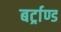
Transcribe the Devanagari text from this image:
बर्ट्राण्ड